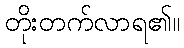
တိုးတက်လာရ၏။